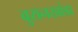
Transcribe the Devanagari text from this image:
बुरानखांडा